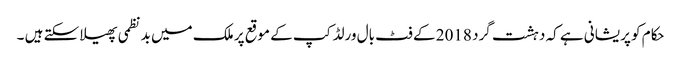
حکام کو پریشانی ہے کہ دہشت گرد 2018 کے فٹ بال ورلڈ کپ کے موقع پر ملک میں بد نظمی پھیلا سکتے ہیں ۔